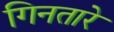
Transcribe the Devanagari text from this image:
गिनतारे